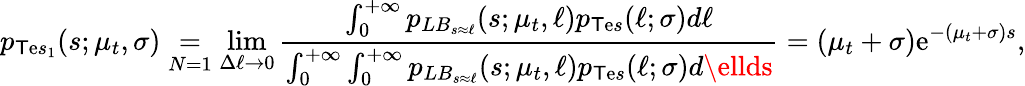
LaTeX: p_{\mathsf{T}\mathrm{e}s_{1}}(s;\mu_{t},\sigma)\underset{N=1}{=}\operatorname*{lim}_{\Delta\ell\rightarrow0}\frac{{\int_{0}^{+\infty}p_{LB_{s\approx\ell}}(s;\mu_{t},\ell)p_{\mathsf{T}\mathrm{e}s}(\ell;\sigma)d\ell}}{{\int_{0}^{+\infty}\int_{0}^{+\infty}p_{LB_{s\approx\ell}}(s;\mu_{t},\ell)p_{\mathsf{T}\mathrm{e}s}(\ell;\sigma)d\ellds}}=(\mu_{t}+\sigma)\mathrm{e}^{-(\mu_{t}+\sigma)s},